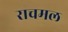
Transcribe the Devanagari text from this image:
राचमल